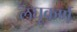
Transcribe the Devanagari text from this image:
लघूकर्ण